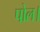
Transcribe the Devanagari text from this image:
पोल।